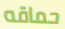
حماقه